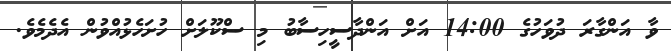
ވާ އަންގާރަ ދުވަހުގެ 14:00 އަށް އަންދާސީހިސާބު މި ސްކޫލަށް ހުށަހެޅުއްވުން އެދެމެވެ.